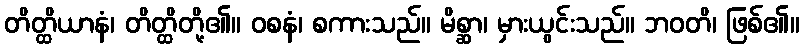
တိတ္ထိယာနံ၊ တိတ္ထိတို့၏။ ဝစနံ၊ စကားသည်။ မိစ္ဆာ၊ မှားယွင်းသည်။ ဘဝတိ၊ ဖြစ်၏။